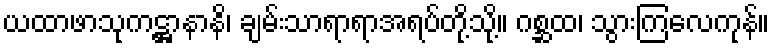
ယထာဖာသုကဋ္ဌာနာနိ၊ ချမ်းသာရာရာအရပ်တို့သို့။ ဂစ္ဆထ၊ သွားကြလေကုန်။